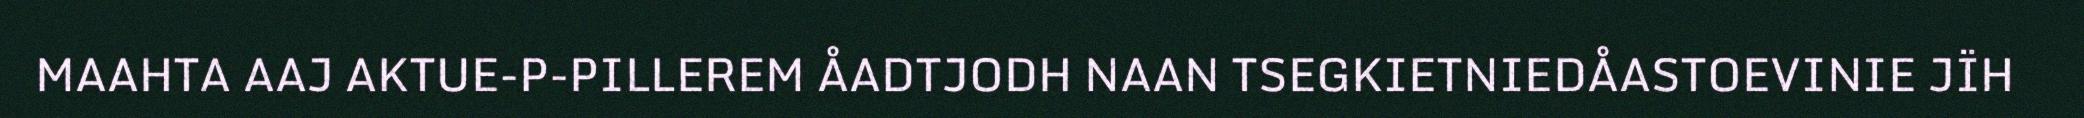
MAAHTA AAJ AKTUE-P-PILLEREM ÅADTJODH NAAN TSEGKIETNIEDÅASTOEVINIE JÏH